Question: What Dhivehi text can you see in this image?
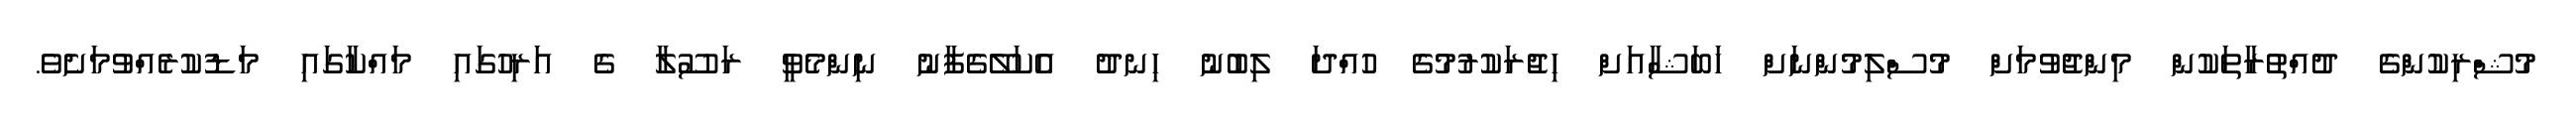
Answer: މުޝްރިކުންގެ ދުއްތުރާތަކުން މިންޖުވުމަށް މުސްލިމުންނަށް ހަބަޝާއަށް ހިޖުރަކުރުމުގެ ހުއްދަ ލިބުނު ހިނދު އެކަލޭގެފާނު ނިންމެވީ ރަސޫލާ ގެ އަރިހުގައި މައްކާގައި މަޑުކުރެއްވުމަށެވެ.